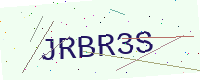
Text: JRBR3S